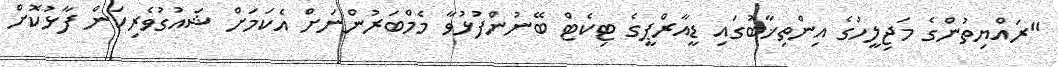
"ރައްޔިތުންގެ މަޖިލީހުގެ އިންތިޚާބުގައި ޑީއާރްޕީގެ ޓިކެޓް ބޭނުންފުޅުވާ މެމްބަރުންނަށް އެކަމަށް ޝައުގުވެރިކަން ފާޅުކޮށް